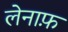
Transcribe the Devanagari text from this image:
लेनाफ़